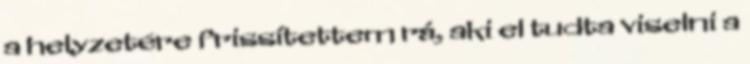
a helyzetére frissítettem rá, aki el tudta viselni a